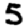
Digit: 5